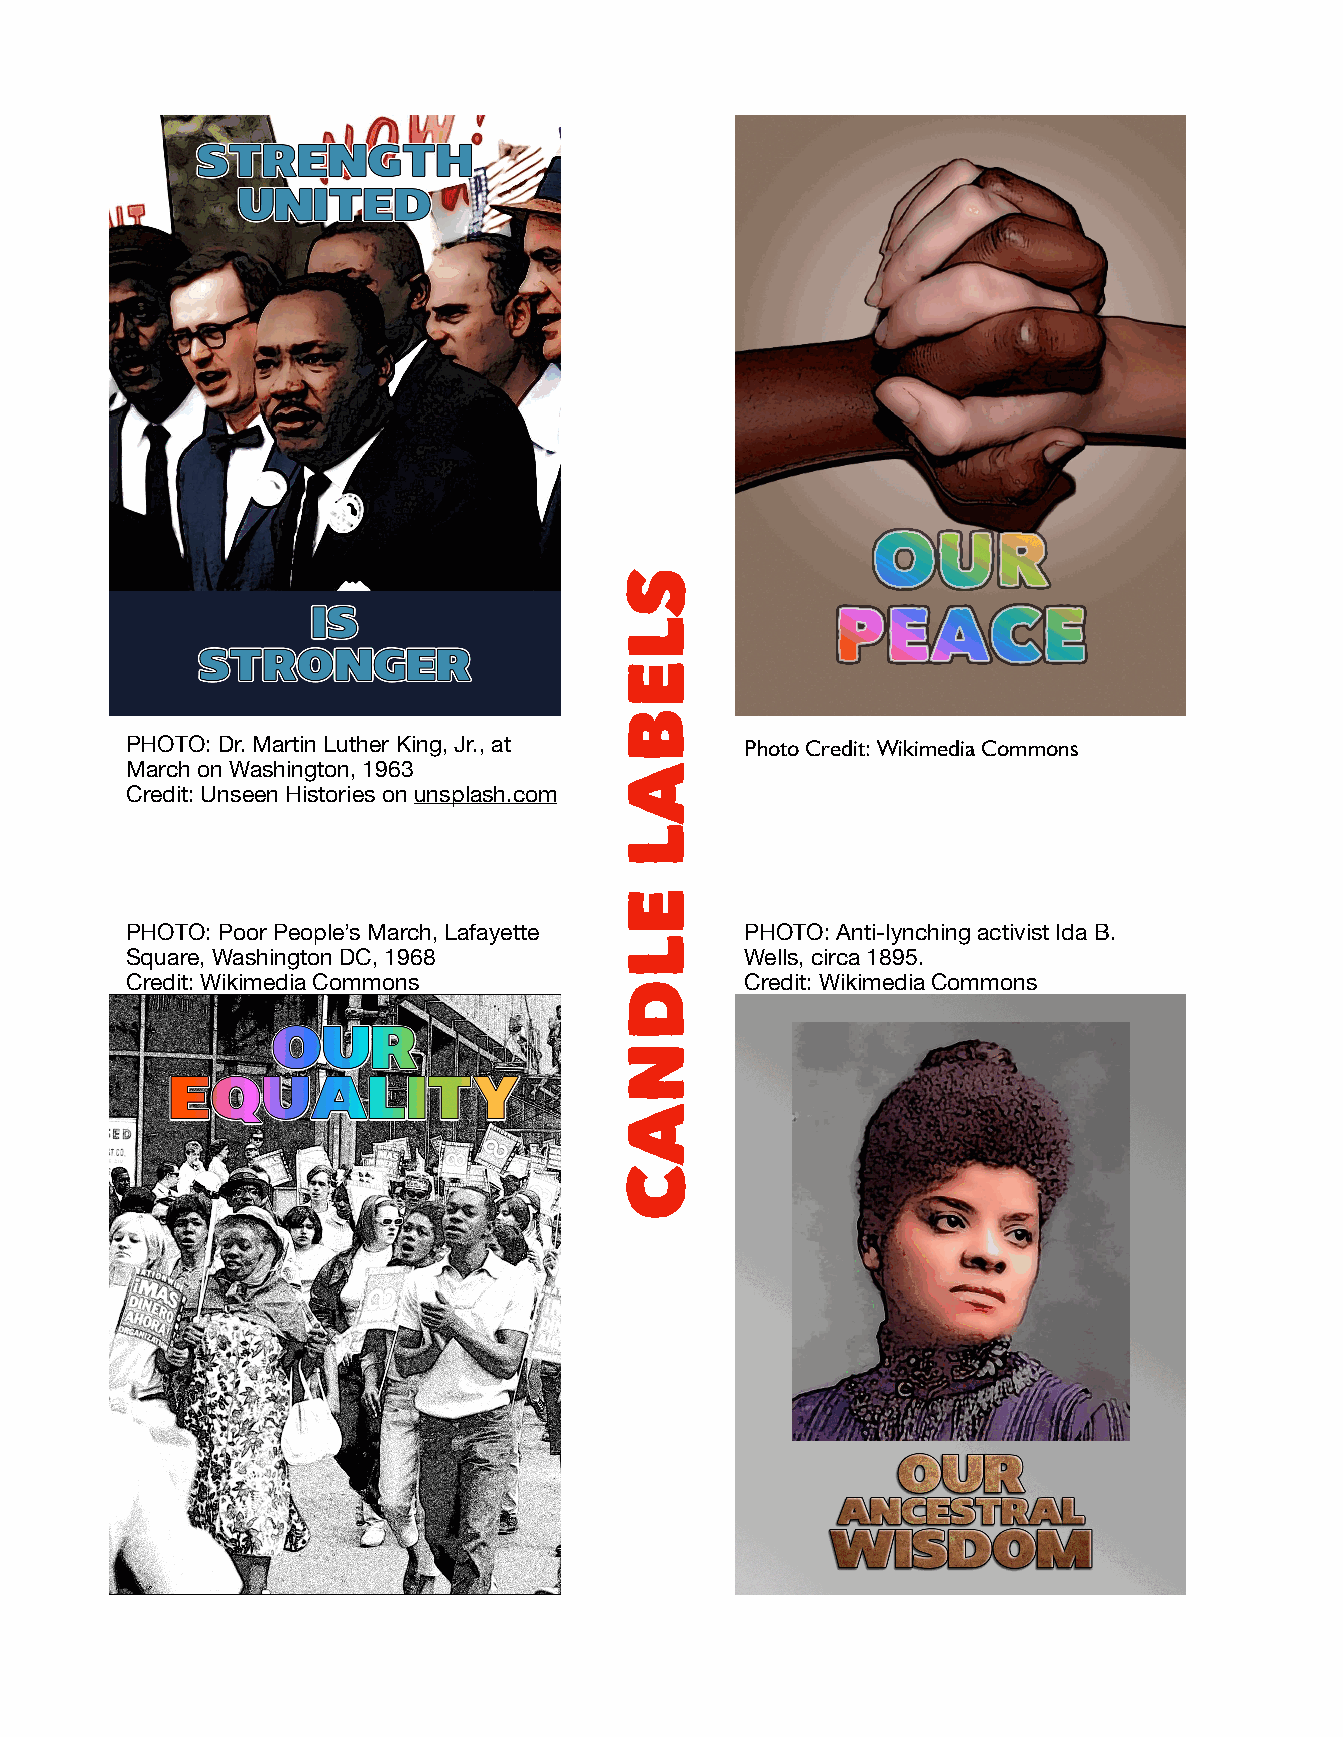
PHOTO: Dr. Martin Luther King, Jr., at   Photo Credit: Wikimedia Commons
 March on Washington, 1963
 Credit: Unseen Histories on unsplash.com
 PHOTO: Poor People’s March, Lafayette    PHOTO: Anti-lynching activist Ida B.
 Square, Washington DC, 1968              Wells, circa 1895.
 Credit: Wikimedia Commons                Credit: Wikimedia Commons
 SLEBAL
 ELDNAC